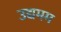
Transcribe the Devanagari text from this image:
उद्यमम